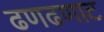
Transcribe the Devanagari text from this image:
ढणढणाट